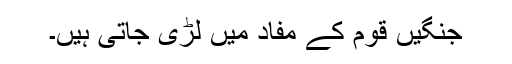
جنگیں قوم کے مفاد میں لڑی جاتی ہیں۔